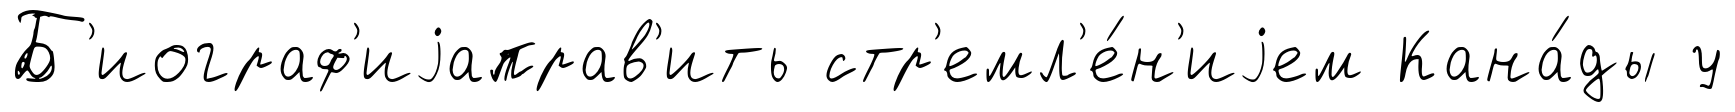
Б'иограф'иjаправ'ить стр'емл'е́н'иjем Кана́ды у